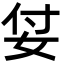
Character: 姇